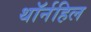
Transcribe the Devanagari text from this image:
थॉर्नहिल